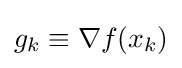
g_{k}\equiv \nabla f(x_{k})